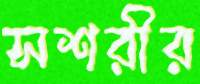
সশরীর